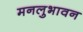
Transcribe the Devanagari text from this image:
मनलुभावन